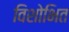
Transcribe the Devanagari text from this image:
विशोभित